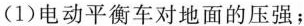
(1) 电动平衡车对地面的压强；